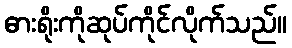
ဓားရိုးကိုဆုပ်ကိုင်လိုက်သည်။